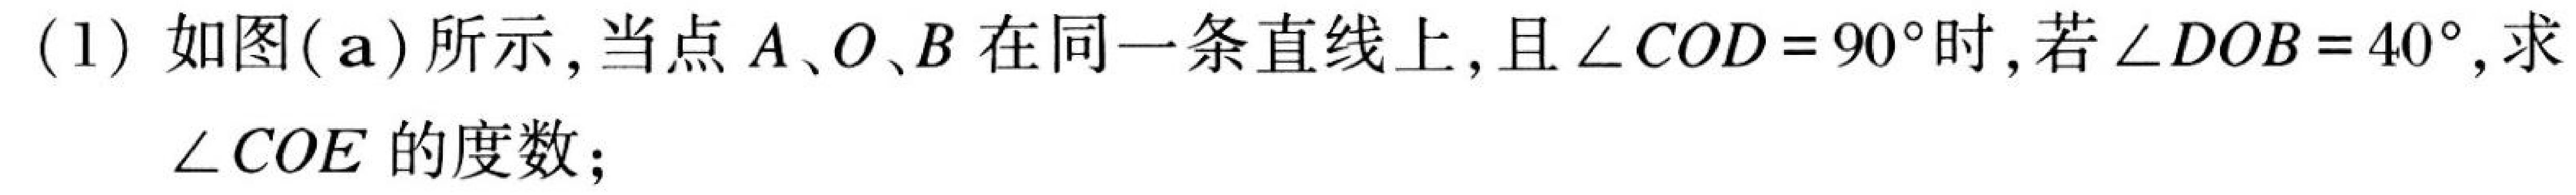
(1) 如图(\text{a})所示,当点\(A\)、\(O\)、\(B\)在同一条直线上,且\(\angle COD = 90^{\circ}\)时,若\(\angle DOB = 40^{\circ}\),求
\(\angle COE\)的度数;